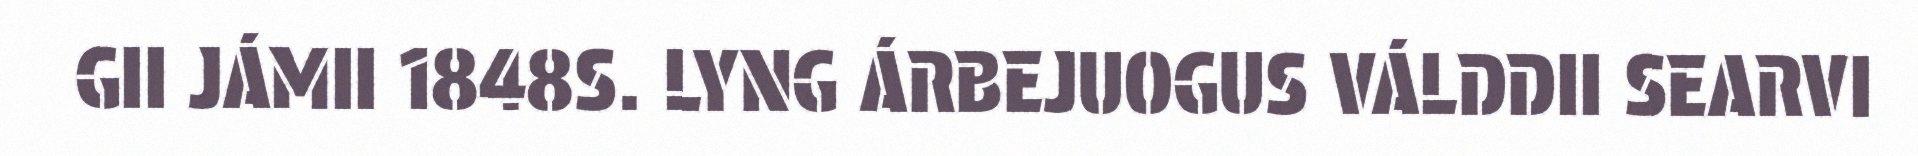
GII JÁMII 1848S. LYNG ÁRBEJUOGUS VÁLDDII SEARVI